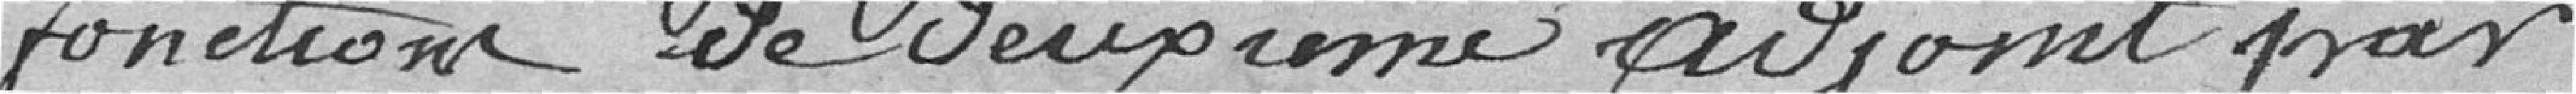
fonctions de deuxième adjoint par